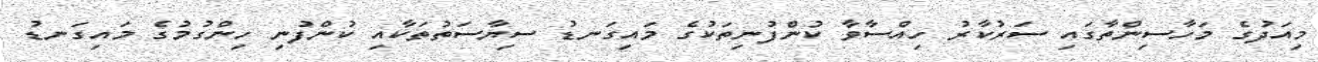
މިއަދުގެ މަހާސިންތާގައި ސަރުކާރު ހިއްސާވާ ކުންފުނިތަކުގެ މައިގަނޑު ސިޔާސަތުތަކާއި ކުންފުނި ހިންގުމުގެ މައިގަނޑު